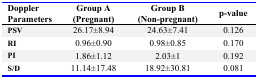
<table><thead><tr><td><b>Doppler Parameters</b></td><td><b>Group A (Pregnant)</b></td><td><b>Group B (Non-pregnant)</b></td><td><b>p-value</b></td></tr></thead><tbody><tr><td><b>PSV</b></td><td>26.17±8.94</td><td>24.63±7.41</td><td>0.126</td></tr><tr><td><b>RI</b></td><td>0.96±0.90</td><td>0.98±0.85</td><td>0.170</td></tr><tr><td><b>PI</b></td><td>1.86±1.12</td><td>2.03±1</td><td>0.192</td></tr><tr><td><b>S/D</b></td><td>11.14±17.48</td><td>18.92±30.81</td><td>0.081</td></tr></tbody></table>